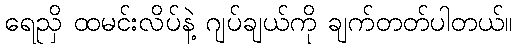
ရေညှိ ထမင်းလိပ်နဲ့ ဂျပ်ချယ်ကို ချက်တတ်ပါတယ်။